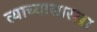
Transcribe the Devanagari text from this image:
त्याच्यासारखा